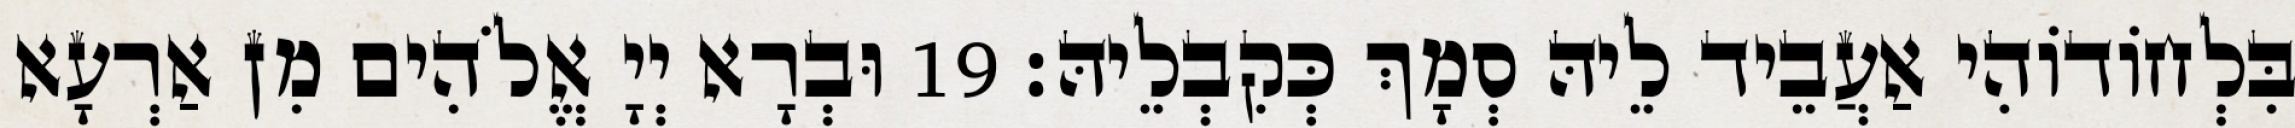
בִּלְחוֹדוֹהִי אַעֲבֵיד לֵיהּ סְמָךְ כְּקִבְלֵיהּ׃ 19 וּבְרָא יְיָ אֱלֹהִים מִן אַרְעָא